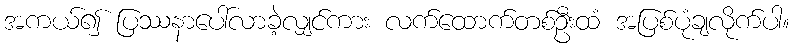
အကယ်၍ ပြဿနာပေါ်လာခဲ့လျှင်ကား လက်ထောက်တစ်ဦးထံ အပြစ်ပုံချလိုက်ပါ။